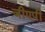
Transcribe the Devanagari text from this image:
जीएपी